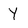
Character: Y